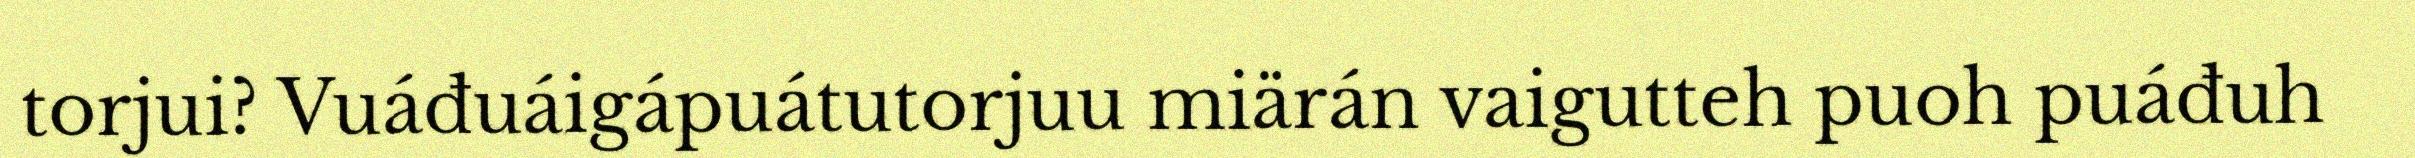
torjui? Vuáđuáigápuátutorjuu miärán vaigutteh puoh puáđuh